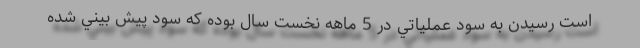
است رسيدن به سود عملياتي در 5 ماهه نخست سال بوده كه سود پيش بيني شده